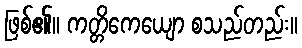
ဖြစ်၏။ ကတ္တိကေယျော စသည်တည်း။